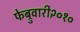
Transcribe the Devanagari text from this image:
फेब्रुवारी२०१०